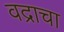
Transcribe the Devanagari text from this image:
वद्राचा